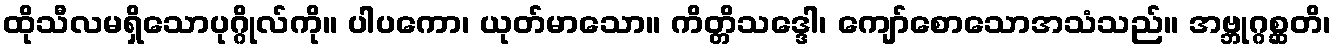
ထိုသီလမရှိသောပုဂ္ဂိုလ်ကို။ ပါပကော၊ ယုတ်မာသော။ ကိတ္တိသဒ္ဒေါ၊ ကျော်စောသောအသံသည်။ အဗ္ဘုဂ္ဂစ္ဆတိ၊